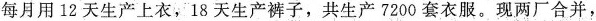
每月用12天生产上衣，18天生产裤子，共生产7200套衣服。现两厂合并，